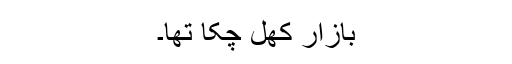
بازار کھل چکا تھا۔